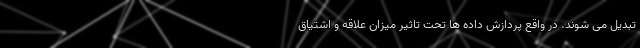
تبدیل می شوند. در واقع پردازش داده ها تحت تاثیر میزان علاقه و اشتیاق